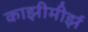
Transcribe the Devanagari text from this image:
काझीमीर्झ